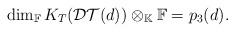
LaTeX: \begin{align*}\dim_{\mathbb{F}}K_{T}(\mathcal{DT}(d))\otimes_{\mathbb{K}} \mathbb{F}=p_3(d). \end{align*}